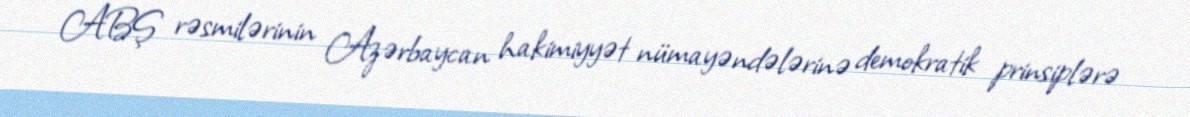
ABŞ rəsmilərinin Azərbaycan hakimiyyət nümayəndələrinə demokratik prinsiplərə